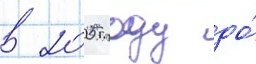
в 2005 году до́